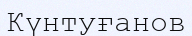
Күнтуғанов